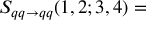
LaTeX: S _ { q q \rightarrow q q } ( 1 , 2 ; 3 , 4 ) =